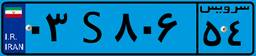
۵۹S۰۱۳۱۰